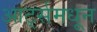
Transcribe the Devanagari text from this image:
आर्ट्समधून